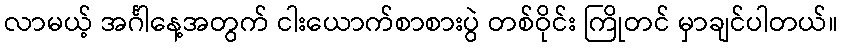
လာမယ့် အင်္ဂါနေ့အတွက် ငါးယောက်စာစားပွဲ တစ်ဝိုင်း ကြိုတင် မှာချင်ပါတယ်။